Report on vaccination in the Province of Bengal - 1874-1889
Year: 1874
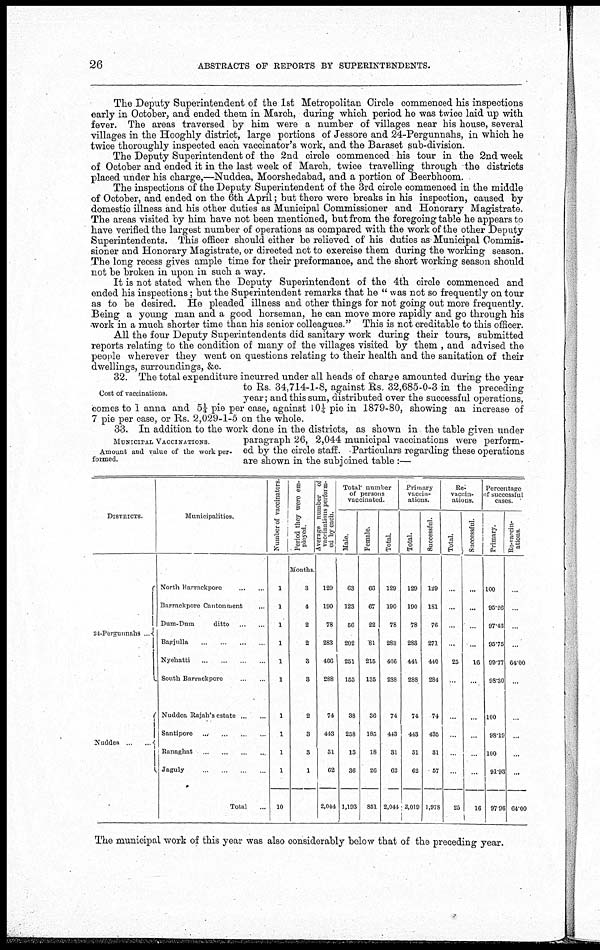
26
ABSTRACTS OF REPORTS BY SUPERINTENDENTS.
The Deputy Superintendent of the 1st Metropolitan Circle commenced his inspections
early in October, and ended them in March, during which period he was twice laid up with
fever. The areas traversed by him were a number of villages near his house, several
villages in the Hooghly district, large portions of Jessore and 24-Pergunnahs, in which he
twice thoroughly inspected each vaccinator's work, and the Baraset sub-division.
The Deputy Superintendent of the 2nd circle commenced his tour in the 2nd week
of October and ended it in the last week of March, twice travelling through the districts
placed under his charge,—Nuddea, Moorshedabad, and a portion of Beerbhoom.
The inspections of the Deputy Superintendent of the 3rd circle commenced in the middle
of October, and ended on the 6th April; but there were breaks in his inspection, caused by
domestic illness and his other duties as Municipal Commissioner and Honorary Magistrate.
The areas visited by him have not been mentioned, but from the foregoing table he appears to
have verified the largest number of operations as compared with the work of the other Deputy
Superintendents. This officer should either be relieved of his duties as Municipal Commis-
sioner and Honorary Magistrate, or directed not to exercise them during the working season.
The long recess gives ample time for their preformance, and the short working season should
not be broken in upon in such a way.
It is not stated when the Deputy Superintendent of the 4th circle commenced and
ended his inspections; but the Superintendent remarks that he " was not so frequently on tour
as to be desired. He pleaded illness and other things for not going out more frequently.
Being a young man and a good horseman, he can move more rapidly and go through his
work in a much shorter time than his senior colleagues." This is not creditable to this officer.
All the four Deputy Superintendents did sanitary work during their tours, submitted
reports relating to the condition of many of the villages visited by them , and advised the
people wherever they went on questions relating to their health and the sanitation of their
dwellings, surrounding's, &c.
Cost of vaccinations.
32. The total expenditure incurred under all heads of charge amounted during the year
to Rs. 34,714-1-8, against Rs. 32,685-0-3 in the preceding
year; and this sum, distributed over the successful operations,
comes to 1 anna and 5¼ pie per case, against 10¼ pie in 1879-80, showing an increase of
7 pie per case, or Rs. 2,029-1-5 on the whole.
MUNICIPAL VACCINATIONS.
Amount and value of the work per-
formed.
33. In addition to the work done in the districts, as shown in the table given under
paragraph 26, 2,044 municipal vaccinations were perform-
ed by the circle staff. Particulars regarding these operations
are shown in the subjoined table :—
DISTRICTS.
24-Pergunnahs... ...
Nuddea...
...
Municipalities.
North Barrackpore
...
...
Barrackpore Cantonment ...
Dum-Dum
ditto... ...
Bagjulla... ... ... ...
Nyehatti... ... ... ...
South Barruckpore... ...
Nuddea Rajah's estate...
...
Santipore... ... ... ...
Ranaghat... ... ... ...
Jaguly... ... ... ...
Total...
Number of vaccinators.
1
1
1
1
1
1
1
1
1
1
10
Period they were em-
ployed.
Months.
3
4
2
2
3
3
2
3
3
1
Average number of
vaccinations perform-
ed by each.
129
190
78
283
466
288
74
443
31
62
2,044
Total number
of persons
vaccinated.
Male.
63
123
56
202
251
153
38
258
13
36
1,193
Female.
66
67
22
81
215
135
36
185
18
26
851
Total.
129
190
78
283
466
288
74
443
31
62
2,044
Primary
vaccin-
ations.
Total.
129
190
78
283
441
288
74
443
31
62
2,019
Successful.
129
181
76
271
440
284
74
435
31
57
1,978
Re-
vaccin-
ations.
Total.
...
...
...
...
25
...
...
...
...
...
25
Successful.
...
...
...
...
16
...
...
...
...
...
16
Percentage
of successful
cases.
Primary.
100
95.26
97.43
95.75
99.77
98.30
100
98.19
100
91.93
97.96
Re-vaccin-
ations
...
...
...
...
64.00
...
...
...
...
...
64.00
The municipal work of this year was also considerably below that of the preceding year.